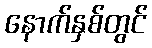
နောက်နှစ်တွင်